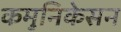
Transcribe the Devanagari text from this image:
कमुनिकेसन